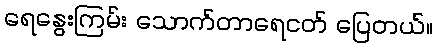
ရေနွေးကြမ်း သောက်တာရေငတ် ပြေတယ်။